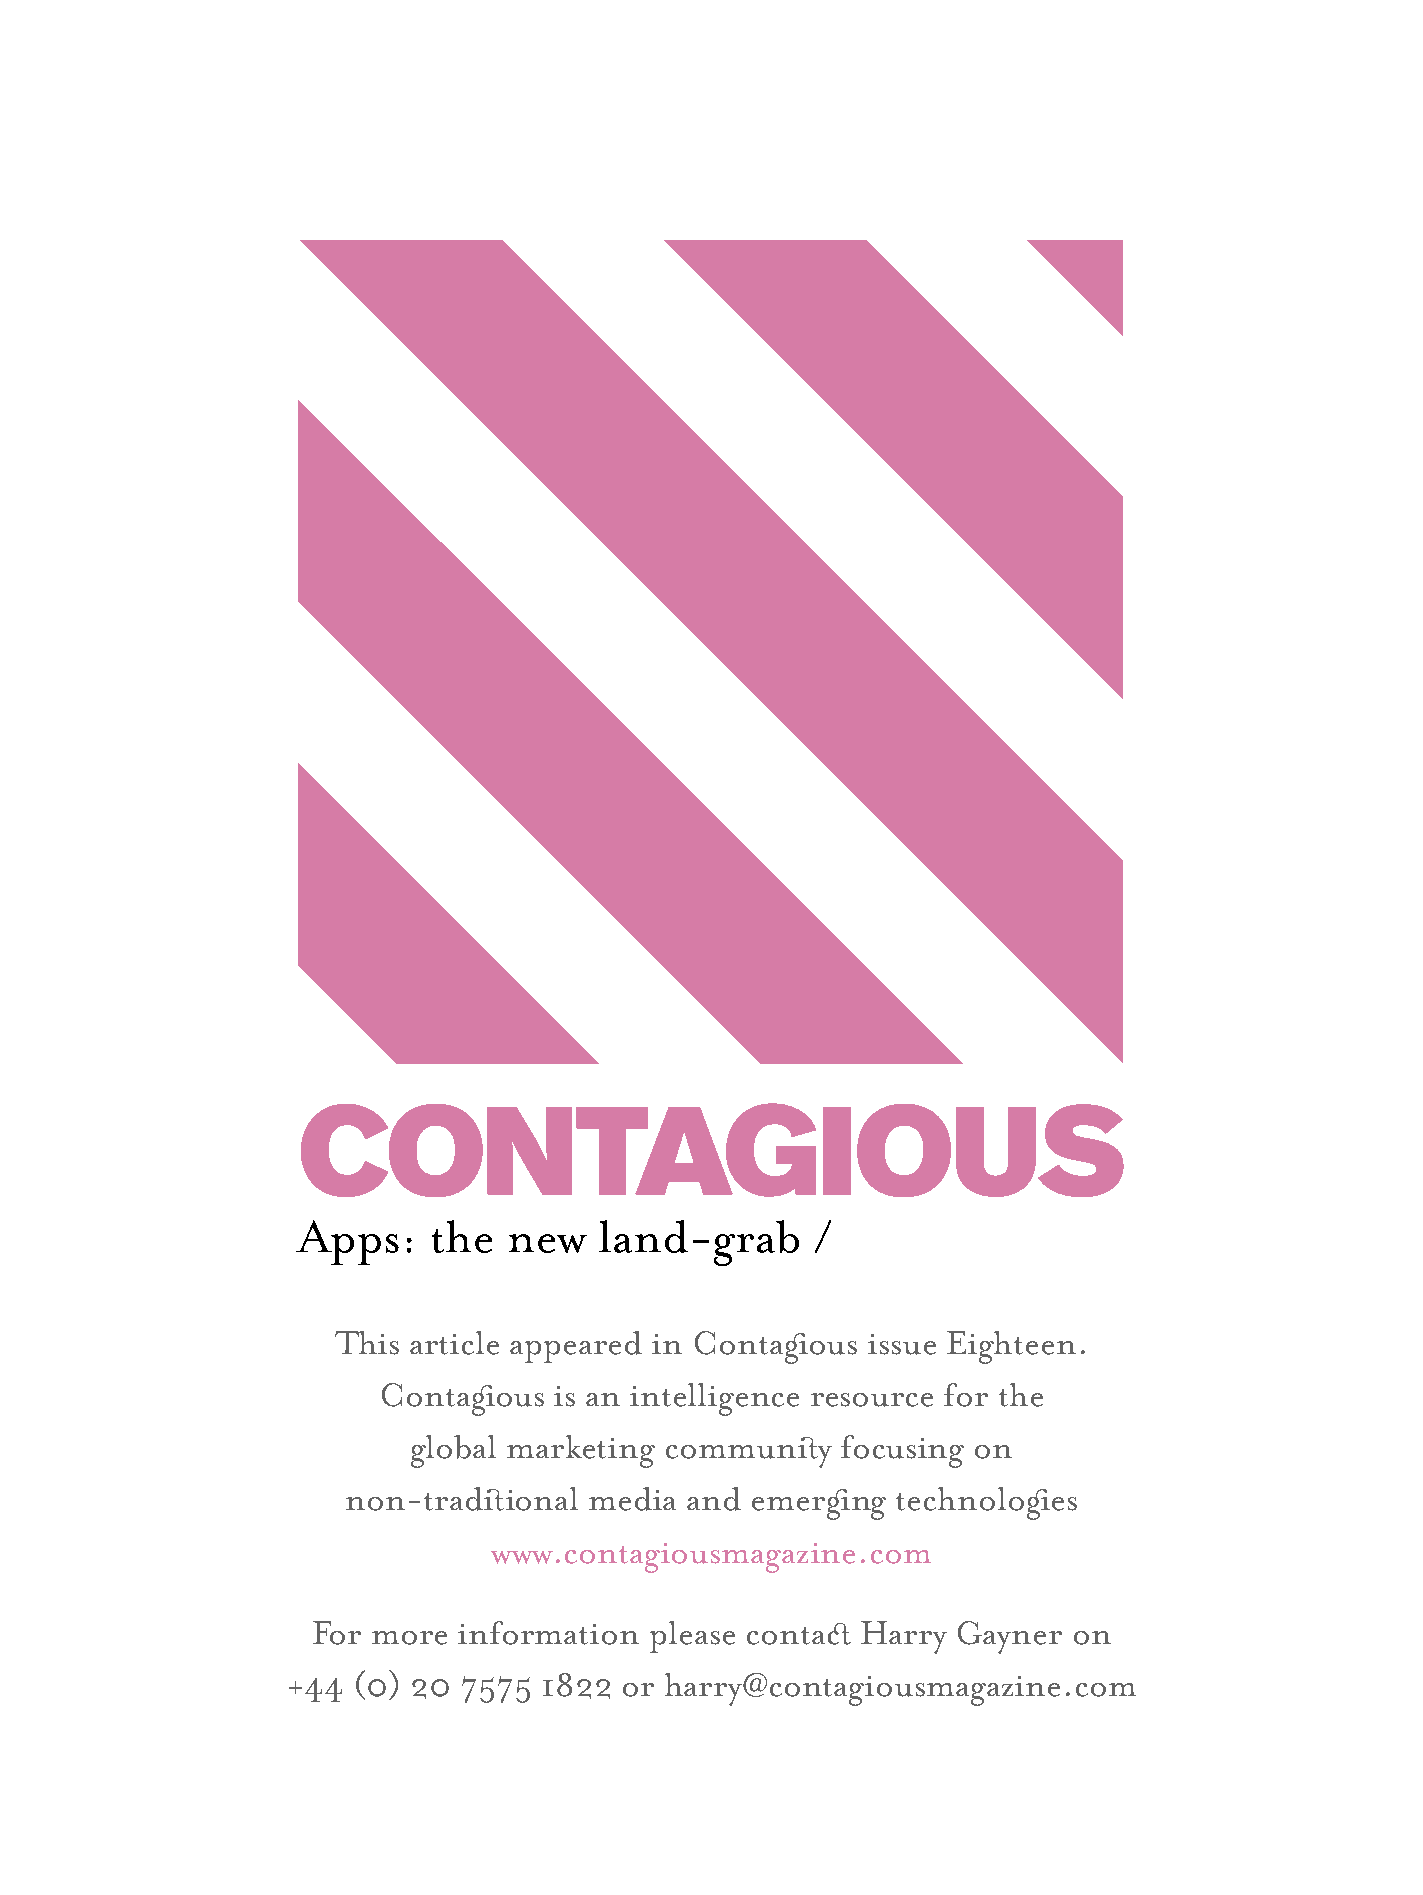
Apps:    the  new   land-grab      /
 This article appeared in Contagous issue Eighteen.
 Contagous  is an intelligence resource for the
 global marketing communiy   focusing on
 non-tradiional  media and emergng   technologes
 www.contagiousmagazine.com
 For more  information  please contac Harry Gayner  on
 +44 (0) 20 7575  1822 or harry@contagiousmagazine.com
 1st Page Case Study.indd 1                                                            5/3/09 15:06:43